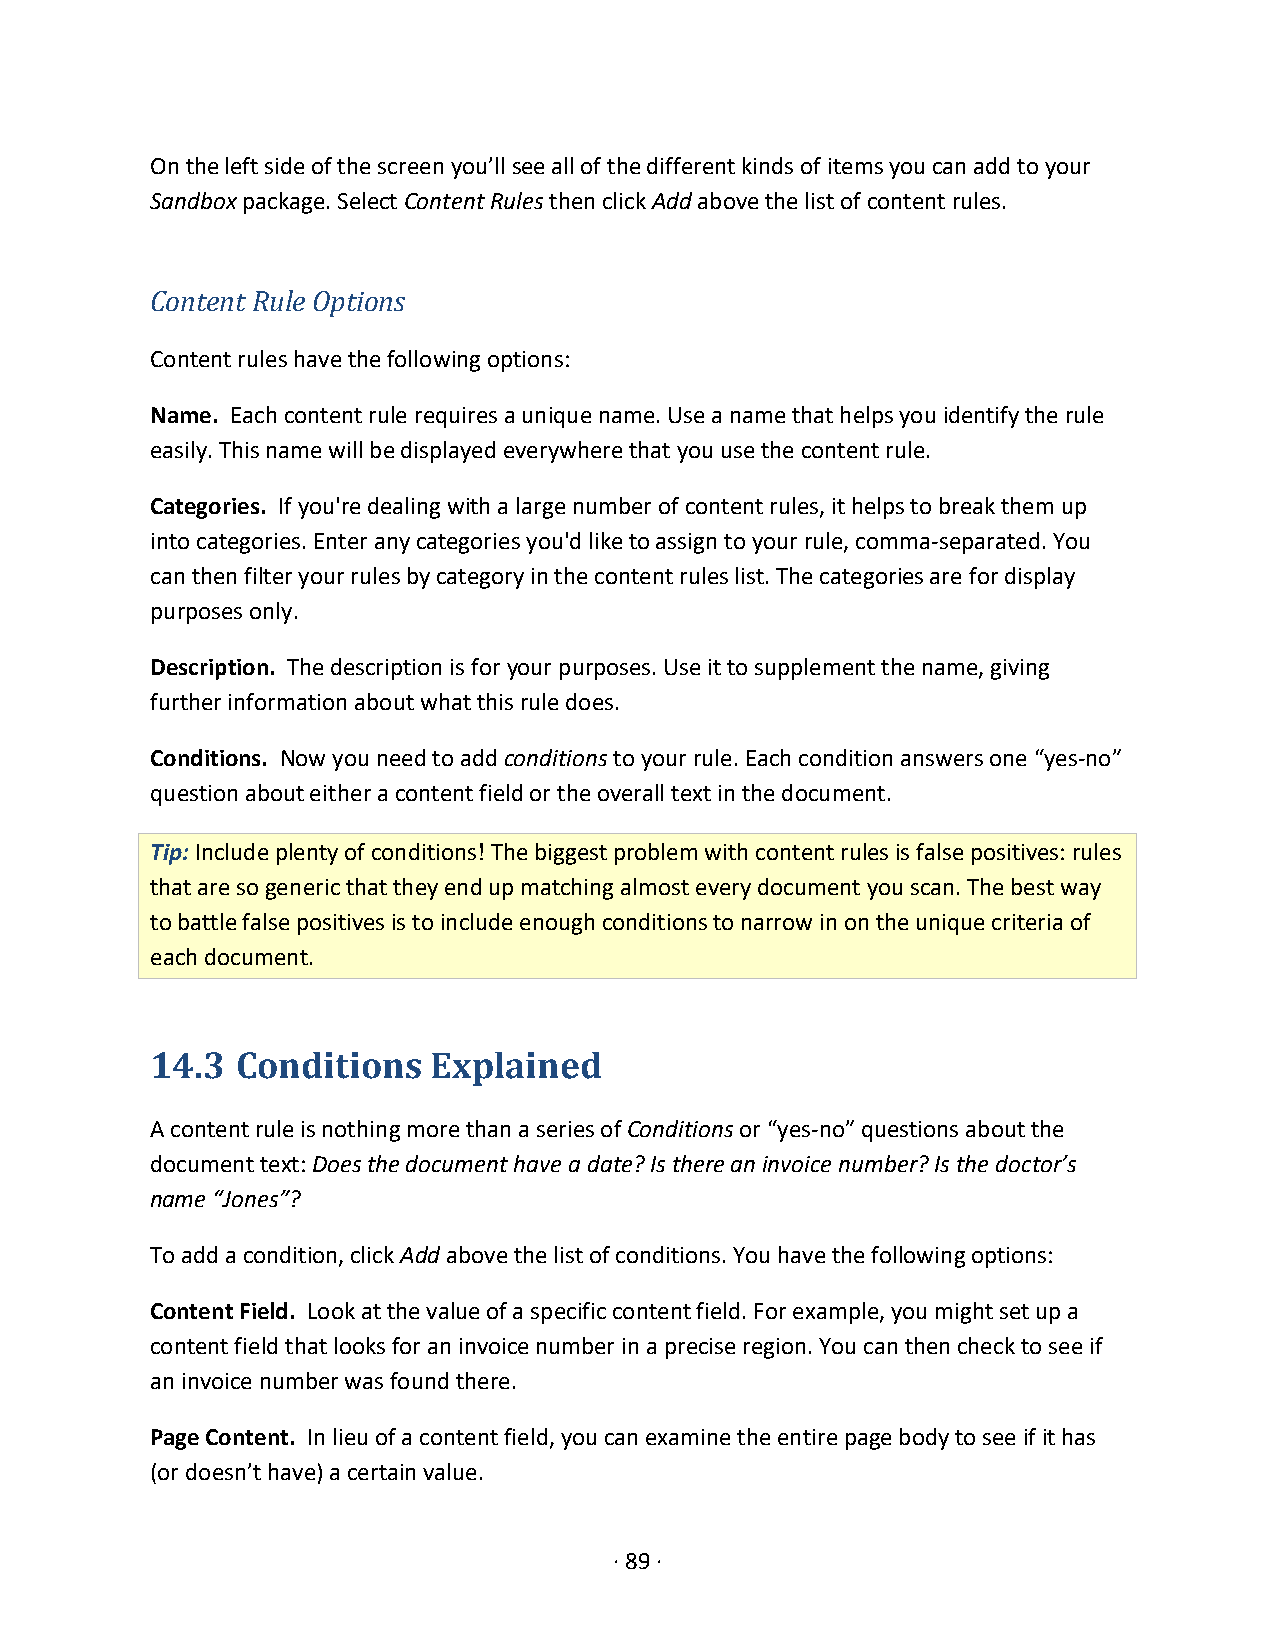
On the left side of the screen you’ll see all of the different kinds of items you can add to your
 Sandbox package. Select Content Rules then click Add above the list of content rules.
 Content Rule Options
 Content rules have the following options:
 Name. Each content rule requires a unique name. Use a name that helps you identify the rule
 easily. This name will be displayed everywhere that you use the content rule.
 Categories. If you're dealing with a large number of content rules, it helps to break them up
 into categories. Enter any categories you'd like to assign to your rule, comma-separated. You
 can then filter your rules by category in the content rules list. The categories are for display
 purposes only.
 Description. The description is for your purposes. Use it to supplement the name, giving
 further information about what this rule does.
 Conditions. Now you need to add conditions to your rule. Each condition answers one “yes-no”
 question about either a content field or the overall text in the document.
 Tip: Include plenty of conditions! The biggest problem with content rules is false positives: rules
 that are so generic that they end up matching almost every document you scan. The best way
 to battle false positives is to include enough conditions to narrow in on the unique criteria of
 each document.
 14.3  Conditions   Explained
 A content rule is nothing more than a series of Conditions or “yes-no” questions about the
 document text: Does the document have a date? Is there an invoice number? Is the doctor’s
 name “Jones”?
 To add a condition, click Add above the list of conditions. You have the following options:
 Content Field. Look at the value of a specific content field. For example, you might set up a
 content field that looks for an invoice number in a precise region. You can then check to see if
 an invoice number was found there.
 Page Content. In lieu of a content field, you can examine the entire page body to see if it has
 (or doesn’t have) a certain value.
 · 89 ·